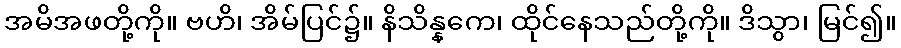
အမိအဖတို့ကို။ ဗဟိ၊ အိမ်ပြင်၌။ နိသိန္နကေ၊ ထိုင်နေသည်တို့ကို။ ဒိသွာ၊ မြင်၍။